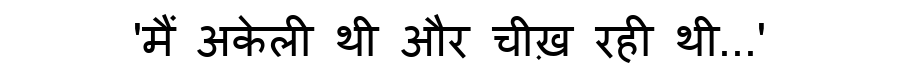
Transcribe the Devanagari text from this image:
'मैं अकेली थी और चीख़ रही थी...'